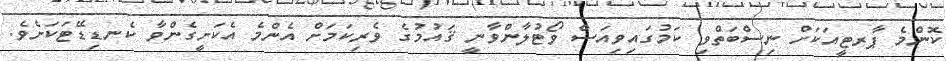
ކޮންމެ ޕާރޓީއަކަށް ނިސްބަތްވި ކަމުގައިވިއަސް ވޯޓުލާންވާނީ ޤައުމުގެ ވެރިކަމަށް އެންމެ އެކަށީގެންވާ ކެނޑިޑޭޓަކަށެވެ.